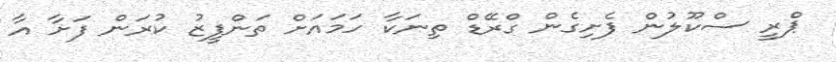
ޕްރީ ސްކޫލުން ފެށިގެން ގްރޭޑް ތިނަކާ ހަމައަށް ތަންފީޒު ކުރަން ފަށާ އާ